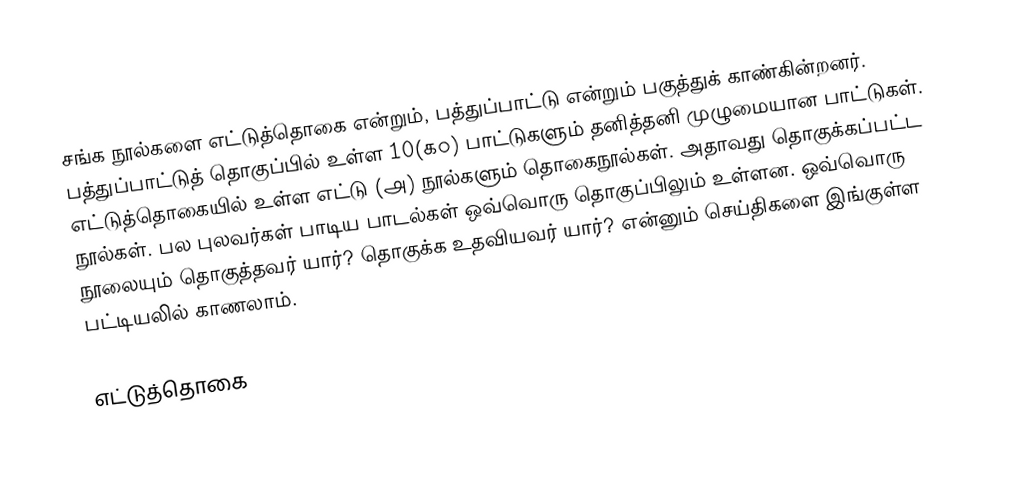
சங்க நூல்களை எட்டுத்தொகை என்றும், பத்துப்பாட்டு என்றும் பகுத்துக் காண்கின்றனர். பத்துப்பாட்டுத் தொகுப்பில் உள்ள 10(௧௦) பாட்டுகளும் தனித்தனி முழுமையான பாட்டுகள். எட்டுத்தொகையில் உள்ள எட்டு (௮) நூல்களும் தொகைநூல்கள். அதாவது தொகுக்கப்பட்ட நூல்கள். பல புலவர்கள் பாடிய பாடல்கள் ஒவ்வொரு தொகுப்பிலும் உள்ளன. ஒவ்வொரு நூலையும் தொகுத்தவர் யார்? தொகுக்க உதவியவர் யார்? என்னும் செய்திகளை இங்குள்ள பட்டியலில் காணலாம்.

எட்டுத்தொகை